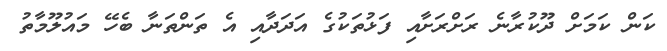
ކަން ކަމަށް ދޫކުރާނެ ރަށްރަށާއި ފަޅުތަކުގެ އަދަދާއި އެ ތަންތަނާ ބެހޭ މައުލޫމާތު